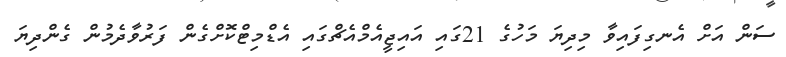
ސަން އަށް އެނގިފައިވާ މިދިޔަ މަހުގެ 21ގައި އައިޖީއެމްއެޗްގައި އެޑްމިޓްކޮށްގެން ފަރުވާދެމުން ގެންދިޔަ